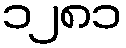
၁၂၈၁